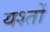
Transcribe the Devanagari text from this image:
यश्तों